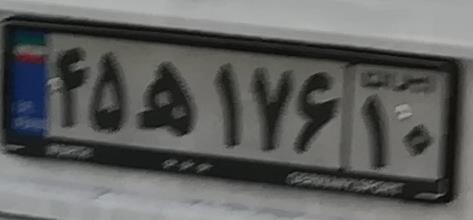
۴۵ه۱۷۶۱۰